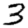
Digit: 3